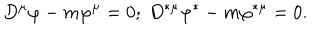
D ^ { \mu } \varphi - m \varphi ^ { \mu } = 0 ; \ D ^ { \ast \mu } \varphi ^ { \ast } - m \varphi ^ { \ast \mu } = 0 .